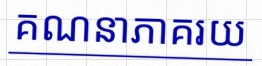
គណនាភាគរយ